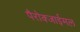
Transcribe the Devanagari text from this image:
पैरोक्जाईमल